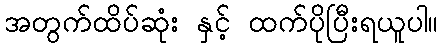
အတွက်ထိပ်ဆုံး နှင့် ထက်ပိုပြီးရယူပါ။